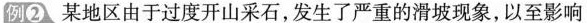
例②某地区由于过度开山采石，发生了严重的滑坡现象，以至影响